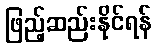
ဖြည့်ဆည်းနိုင်ရန်